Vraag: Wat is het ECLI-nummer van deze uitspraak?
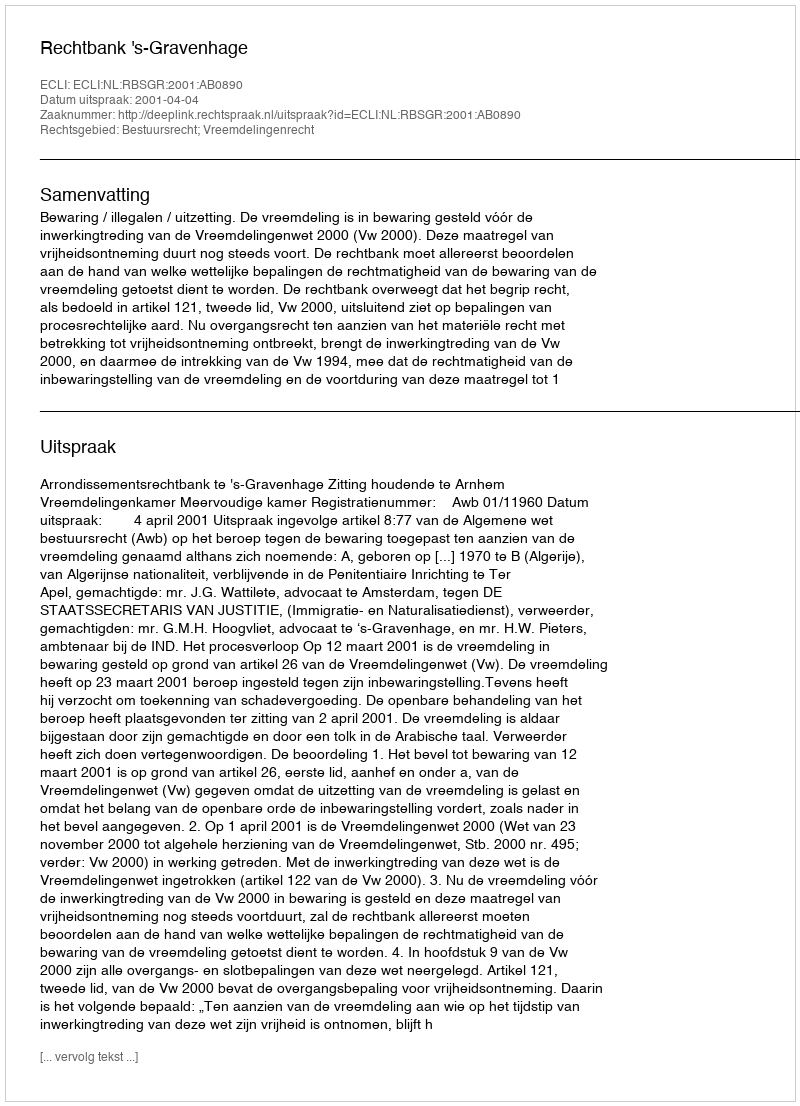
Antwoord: ECLI:NL:RBSGR:2001:AB0890